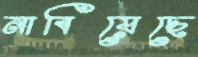
নাবিয়েছে